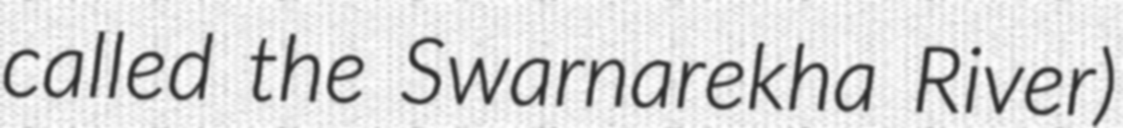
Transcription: called the Swarnarekha River)